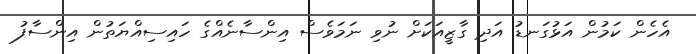
އެހެން ކަމުން އަޅުގަނޑު އަދި ގާޒީއަކަށް ނުވި ނަމަވެސް އިންސާނެއްގެ ހައިސިއްޔަތުން އިންސާފު